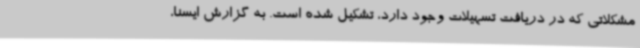
مشکلاتی که در دریافت تسهیلات وجود دارد، تشکیل شده است. به گزارش ایسنا،